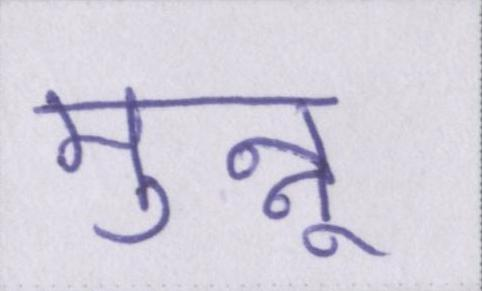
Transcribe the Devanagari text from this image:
मुन्नू